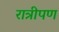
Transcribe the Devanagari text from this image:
रात्रीपण